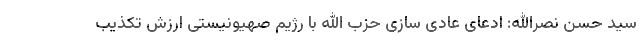
سید حسن نصرالله: ادعای عادی سازی حزب الله با رژیم صهیونیستی ارزش تکذیب